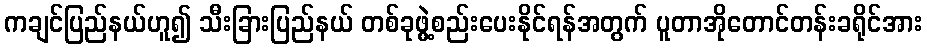
ကချင်ပြည်နယ်ဟူ၍ သီးခြားပြည်နယ် တစ်ခုဖွဲ့စည်းပေးနိုင်ရန်အတွက် ပူတာအိုတောင်တန်းခရိုင်အား